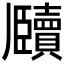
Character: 𬼕